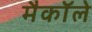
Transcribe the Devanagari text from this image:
मैकाॅले